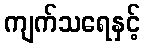
ကျက်သရေနှင့်